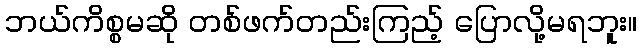
ဘယ်ကိစ္စမဆို တစ်ဖက်တည်းကြည့် ပြောလို့မရဘူး။